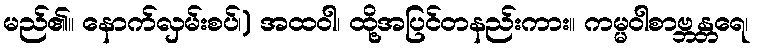
မည်၏။ နောက်လှမ်းစပ်၊) အထဝါ၊ ထို့အပြင်တနည်းကား။ ကမ္မဝါစာဗ္ဘန္တရေ၊